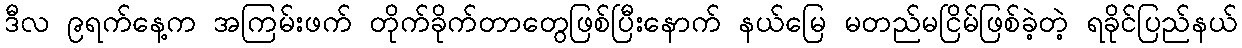
ဒီလ ၉ရက်နေ့က အကြမ်းဖက် တိုက်ခိုက်တာတွေဖြစ်ပြီးနောက် နယ်မြေ မတည်မငြိမ်ဖြစ်ခဲ့တဲ့ ရခိုင်ပြည်နယ်